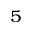
^ 5